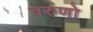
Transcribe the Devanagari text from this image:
वरुणो